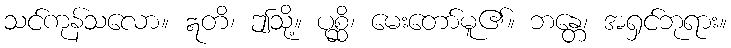
သင်ကုန်သလော။ ဣတိ၊ ဤသို့။ ပုစ္ဆိ၊ မေးတော်မူ၏။ ဘန္တေ၊ အရှင်ဘုရား။